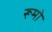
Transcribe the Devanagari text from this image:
रूमो